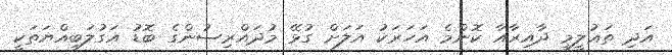
އަދި ތަޢުލީމީ ދާއިރާއާ ކޮންމެ އަހަރަކު އަލަށް ގުޅޭ މުދައްރިސުންގެ ބޮޑު އަގުލަބިއްޔަތަކީ